画像に写った文字を読んでください
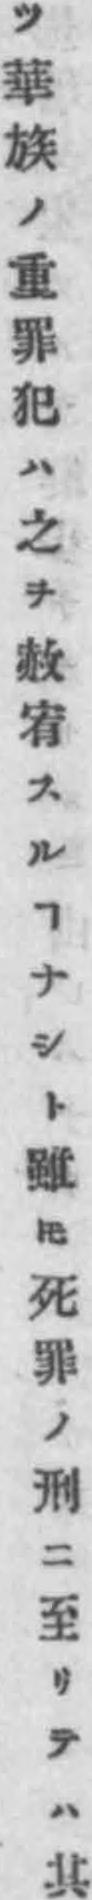
「ツ華族ノ重罪犯ハ之ヲ赦宥スルヿナシト雖𪜈死罪ノ刑ニ至リテハ其」と書いてあります